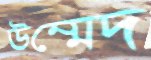
উম্মেদ